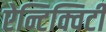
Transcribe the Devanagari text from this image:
ऐन्टिक्विटी